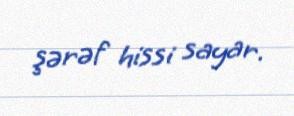
şərəf hissi sayar.